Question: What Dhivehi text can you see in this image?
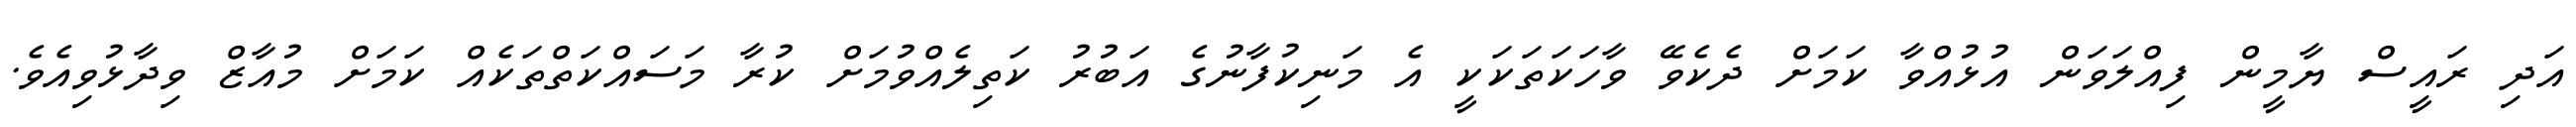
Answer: އަދި ރައީސް ޔާމީން ފިއްލަވަން އުޅުއްވާ ކަމަށް ދެކެވޭ ވާހަކަތަކަކީ އެ މަނިކުފާނުގެ އަބުރު ކަތިލެއްވުމަށް ކުރާ މަސައްކަތްތަކެއް ކަމަށް މުއާޒް ވިދާޅުވިއެވެ.